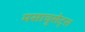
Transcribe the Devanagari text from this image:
मसाचुसेट्स